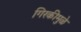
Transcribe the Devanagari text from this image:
गिरकीमुळे